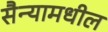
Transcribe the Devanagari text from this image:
सैन्यामधील